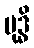
ဗုဒ္ဓိ